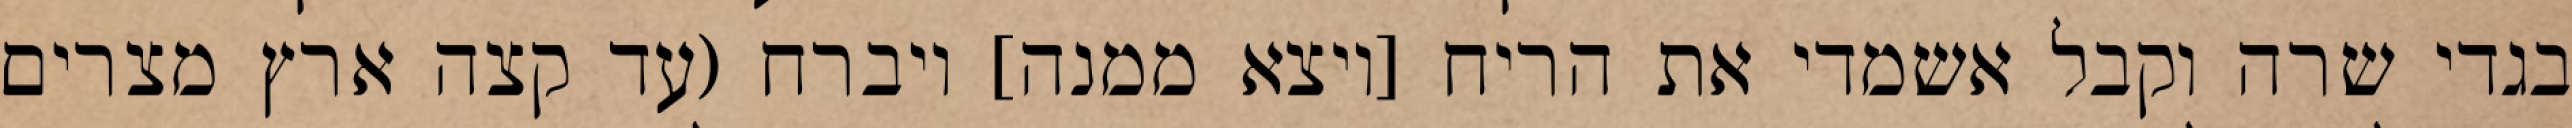
בגדי שרה וקבל אשמדי את הריח [ויצא ממנה] ויברח (עד קצה ארץ מצרים